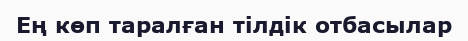
Ең көп таралған тілдік отбасылар